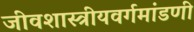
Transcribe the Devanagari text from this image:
जीवशास्त्रीयवर्गमांडणी